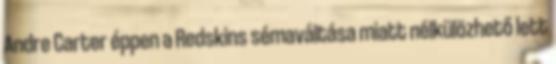
Andre Carter éppen a Redskins sémaváltása miatt nélkülözhető lett